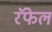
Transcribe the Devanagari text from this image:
रॅफेल